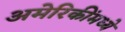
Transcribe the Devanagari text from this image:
अमेरिकींमध्ये